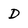
Character: D